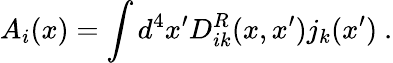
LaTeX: A_{i}(x)=\int d^{4}x^{\prime}D_{ik}^{R}(x,x^{\prime})j_{k}(x^{\prime})~.